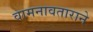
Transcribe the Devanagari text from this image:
वामनावताराने